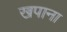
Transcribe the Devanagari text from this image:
खपाना